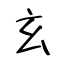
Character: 玄